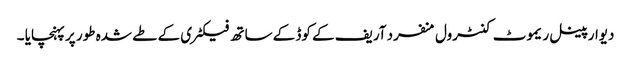
دیوار پینل ریموٹ کنٹرول منفرد آریف کے کوڈ کے ساتھ فیکٹری کے طے شدہ طور پر پہنچایا ۔